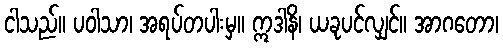
ငါသည်။ ပဝါသာ၊ အရပ်တပါးမှ။ ဣဒါနိ၊ ယခုပင်လျှင်။ အာဂတော၊